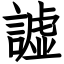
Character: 譃